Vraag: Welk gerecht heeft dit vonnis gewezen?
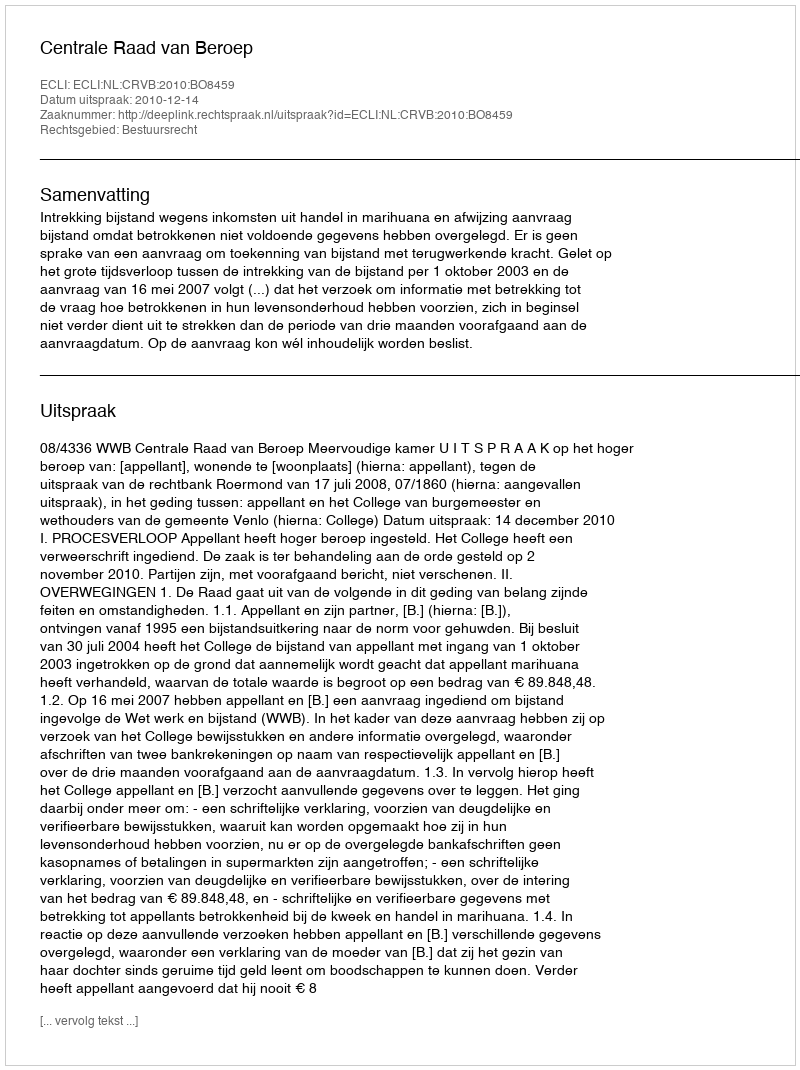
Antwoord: Centrale Raad van Beroep